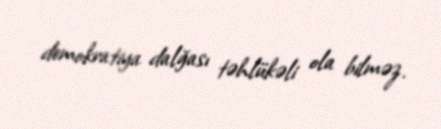
demokratiya dalğası təhlükəli ola bilməz.